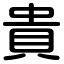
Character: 貴